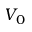
V _ { 0 }